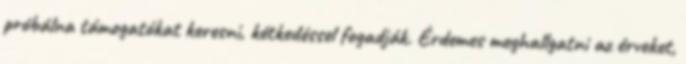
próbálna támogatókat keresni, kétkedéssel fogadják. Érdemes meghallgatni az érveket,